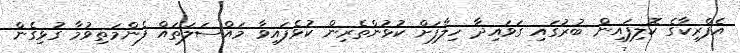
އެފްރިކާގެ ކޮލިފައިން ބުރުގައި ގަވައިދާ ހިލާފަށް ކުޅުންތެރިން ކުޅެފައިވާ މައްސަލަތައް ފެންމަތިވުމާ ގުޅިގެން